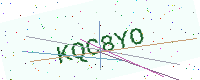
Text: KQC8YO